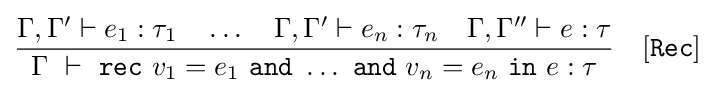
\displaystyle {\frac {\Gamma ,\Gamma '\vdash e_{1}:\tau _{1}\quad \dots \quad \Gamma ,\Gamma '\vdash e_{n}:\tau _{n}\quad \Gamma ,\Gamma ''\vdash e:\tau }{\Gamma \ \vdash \ {\mathtt {rec}}\ v_{1}=e_{1}\ {\mathtt {and}}\ \dots \ {\mathtt {and}}\ v_{n}=e_{n}\ {\mathtt {in}}\ e:\tau }}\quad [{\mathtt {Rec}}]